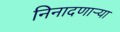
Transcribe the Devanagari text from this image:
निनादणाऱ्या